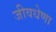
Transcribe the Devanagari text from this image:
जीवधेणा